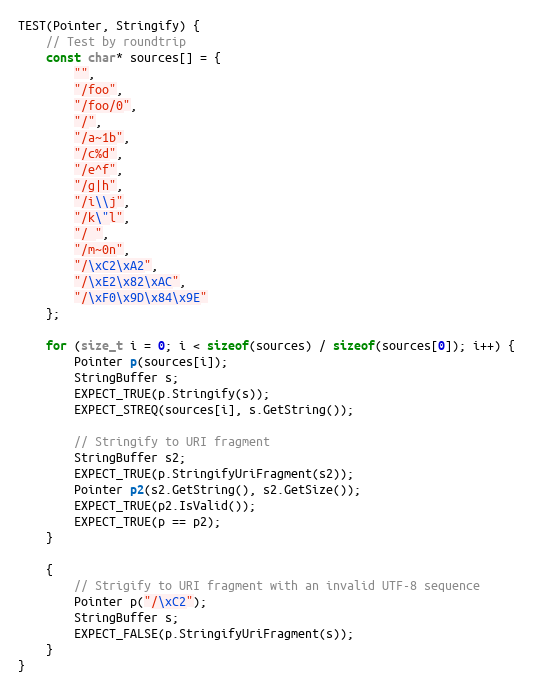
Language: C++
TEST(Pointer, Stringify) {
    // Test by roundtrip
    const char* sources[] = {
        "",
        "/foo",
        "/foo/0",
        "/",
        "/a~1b",
        "/c%d",
        "/e^f",
        "/g|h",
        "/i\\j",
        "/k\"l",
        "/ ",
        "/m~0n",
        "/\xC2\xA2",
        "/\xE2\x82\xAC",
        "/\xF0\x9D\x84\x9E"
    };

    for (size_t i = 0; i < sizeof(sources) / sizeof(sources[0]); i++) {
        Pointer p(sources[i]);
        StringBuffer s;
        EXPECT_TRUE(p.Stringify(s));
        EXPECT_STREQ(sources[i], s.GetString());

        // Stringify to URI fragment
        StringBuffer s2;
        EXPECT_TRUE(p.StringifyUriFragment(s2));
        Pointer p2(s2.GetString(), s2.GetSize());
        EXPECT_TRUE(p2.IsValid());
        EXPECT_TRUE(p == p2);
    }

    {
        // Strigify to URI fragment with an invalid UTF-8 sequence
        Pointer p("/\xC2");
        StringBuffer s;
        EXPECT_FALSE(p.StringifyUriFragment(s));
    }
}